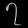
Digit: ၇